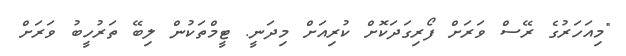
"މިއަހަރުގެ ރޭސް ވަރަށް ފޯރިގަދަކޮށް ކުރިއަށް މިދަނީ. ޓީމްތަކުން ލިބޭ ތަރުހީބު ވަރަށް